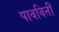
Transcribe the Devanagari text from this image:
पावविती